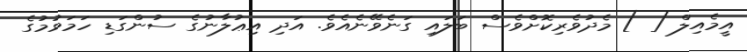
އީމެއިލް [ ] މެދުވެރިކޮށްވެސް ބަލައި ގަނެވޭނެއެވެ. އަދި އިޢުލާނުގެ ސުންގަޑި ހަމަވުމުގެ